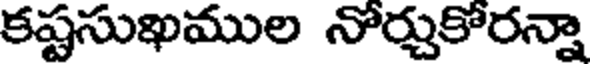
కష్టసుఖముల నోర్చుకోరన్నా